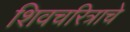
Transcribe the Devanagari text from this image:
शिवचरित्राचे